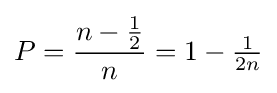
P={\frac {n-{\tfrac {1}{2}}}{n}}=1-{\tfrac {1}{2n}}